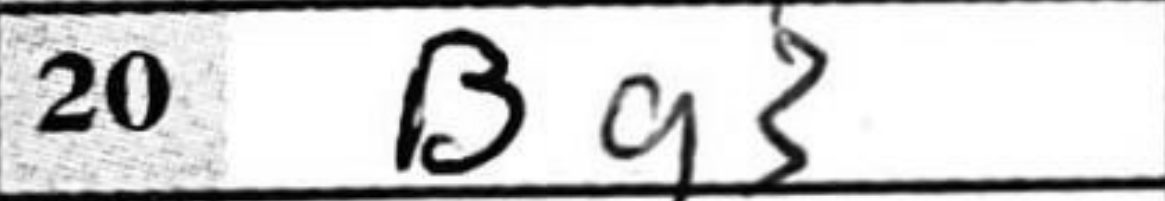
Transcription: Bg3